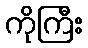
ကိုကြီး